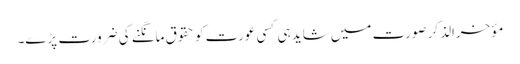
مؤخرالذکر صورت میں شاید ہی کسی عورت کو حقوق مانگنے کی ضرورت پڑے۔